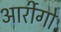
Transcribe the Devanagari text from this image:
आर्रीगो